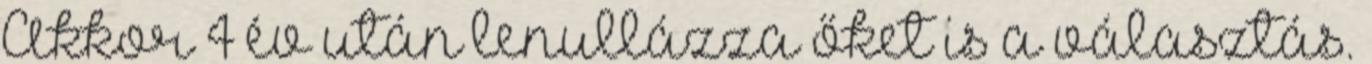
Akkor 4 év után lenullázza őket is a választás.